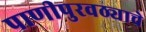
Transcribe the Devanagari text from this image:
पाणीपुरवठ्याचे